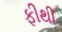
ફીથી